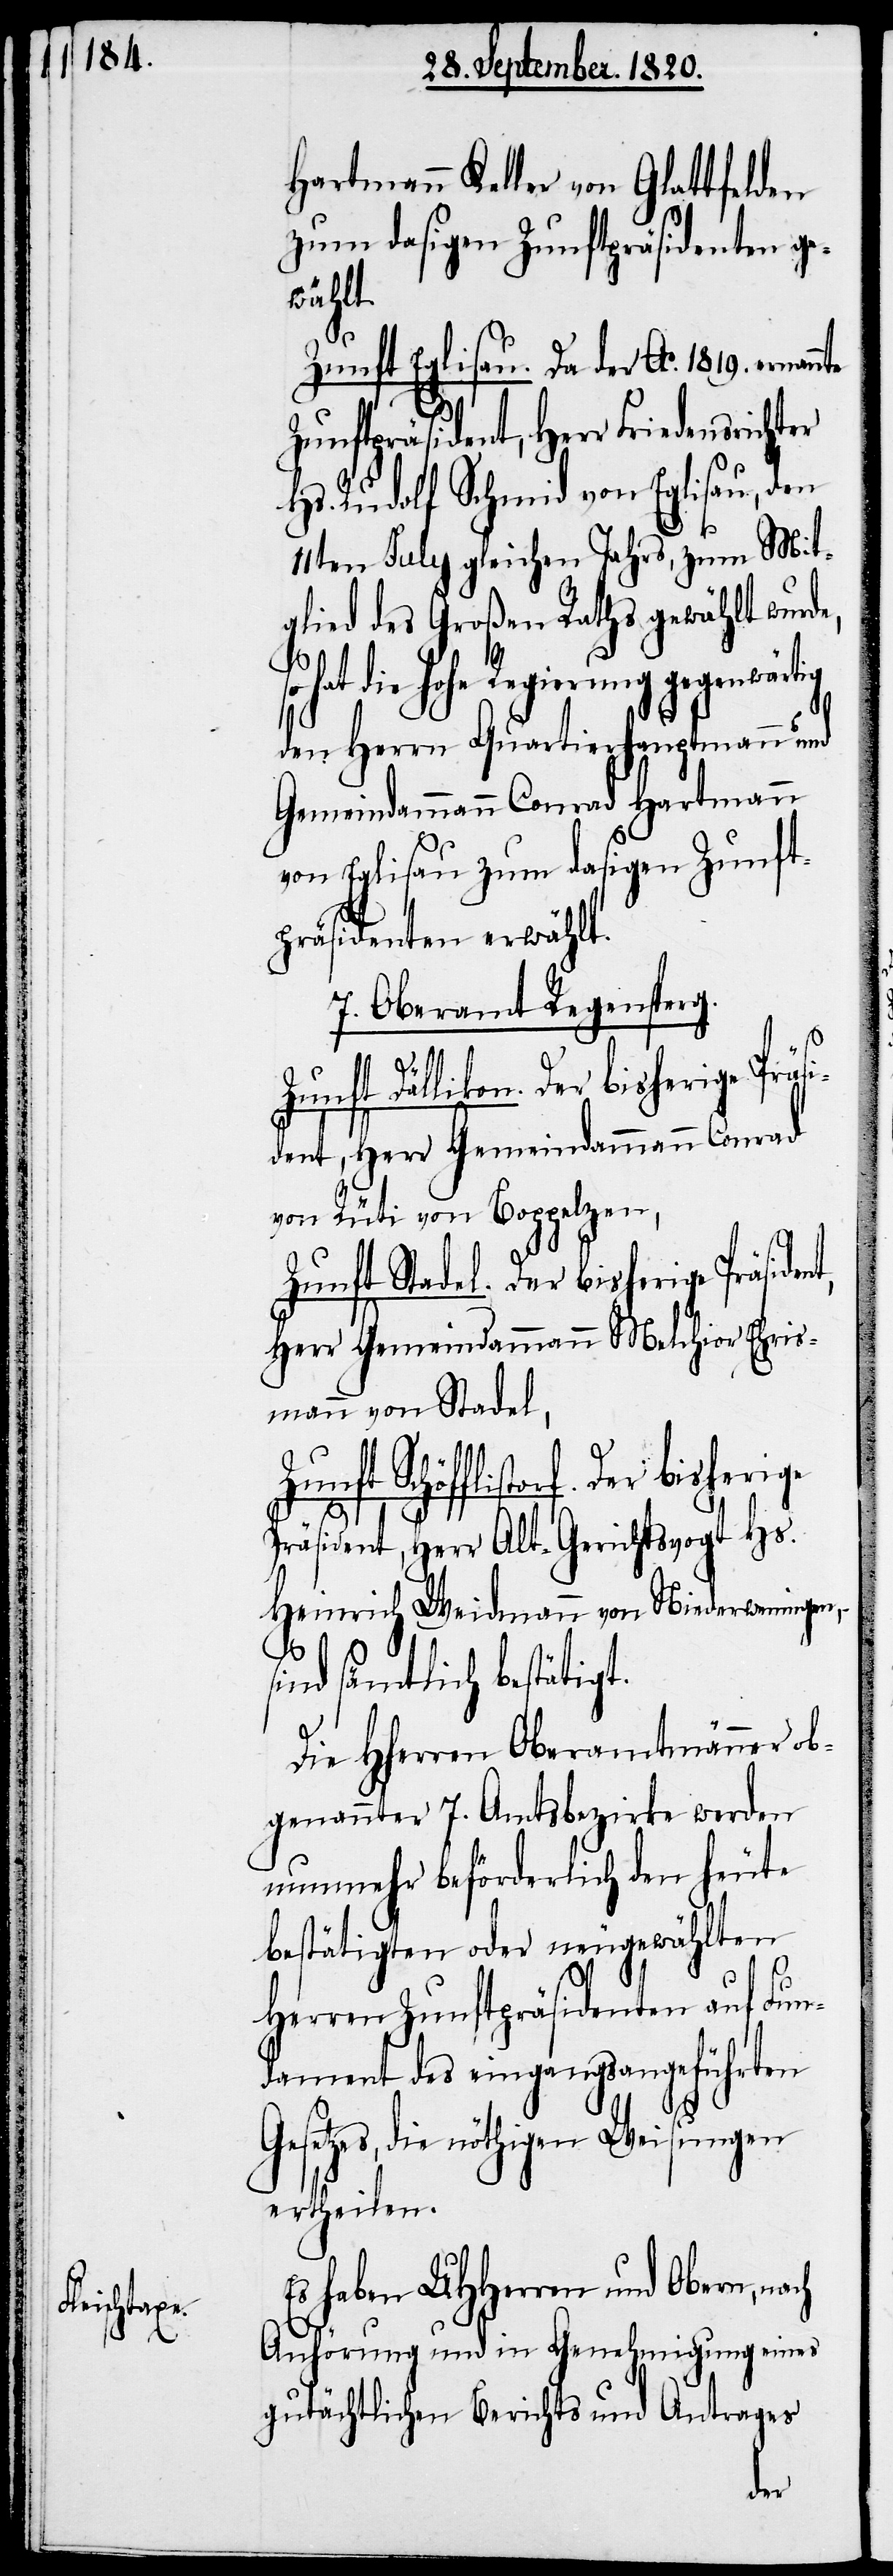
Hartmann Keller von Glattfelden
zum dasigen Zunftpräsidenten ge¬
wählt.
Zunft Eglisau. Da der Ao. 1819. ernan¬
Zunftpräsident, Herr Friedensrichter
Hs. Rudolf Schmid von Eglisau, den
11ten July gleichen Jahres, zum Mit¬
glied des Großen Raths gewählt wurd¬
hat die hohe Regierung
den Herrn Quartierhauptmann und
Gemeindammann Conrad Hartmann
von Eglisau zum dasigen Zunft¬
präsidenten erwählt.
7. Oberamt Regensperg.
e,
nt,
Zunft Dällikon. Der bisherige Präsi¬
dent, Herr Gemeindammann Conrad
von Rüti von Boppelzen,
Zunft Stadel. Der bisherige Präside¬
Herr Gemeindammann Melchior Ehris¬
mann von Stadel,
Schöfflistorf. Der bisherige
Präsident, Herr Alt-Gerichtsvogt Hs.
Heinrich Weidmann von Niederweningen,
–
sind sämtlich bestätigt.
Die HHerren Oberamtmänner ob¬
genannter 7. Amtsbezirke werden
nunmehr beförderlich den heute
bestätigten oder neugewählten
Herren Zunftpräsidenten auf Fun¬
dament des eingangsangeführten
Gesetzes, die nöthigen Weisungen
ertheilen.
Es haben UHherren und Obern, nach
Anhörung und in Genehmigung eines
gutächtlichen Berichts und Antrages